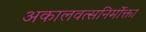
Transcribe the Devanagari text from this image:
अकालवत्सनिर्मोक्ता